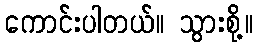
ကောင်းပါတယ်။ သွားစို့။